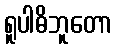
ရူပါဓိဘူတော